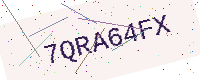
Text: 7QRA64FX